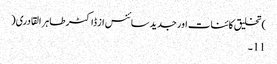
)تخلیق کائنات اور جدید سائنس از ڈاکٹر طاہر القادری(
11۔